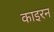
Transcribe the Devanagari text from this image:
काइरन